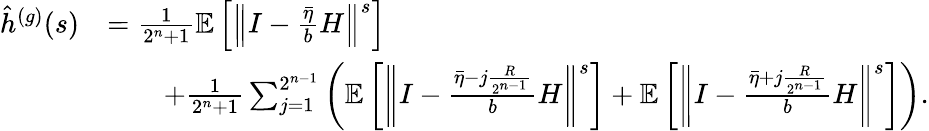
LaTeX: \begin{array}{rl}{\hat{h}^{(g)}(s)}&{=\frac{1}{2^{n}+1}\mathbb{E}\left[\left\Vert I-\frac{\bar{\eta}}{b}H\right\Vert^{s}\right]}\\ &{\qquad+\frac{1}{2^{n}+1}\sum_{j=1}^{2^{n-1}}\left(\mathbb{E}\left[\left\Vert I-\frac{\bar{\eta}-j\frac{R}{2^{n-1}}}{b}H\right\Vert^{s}\right]+\mathbb{E}\left[\left\Vert I-\frac{\bar{\eta}+j\frac{R}{2^{n-1}}}{b}H\right\Vert^{s}\right]\right).}\end{array}